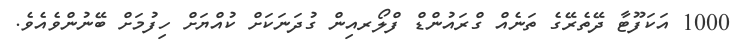
1000 އަކަފޫޓާ ދޭތެރޭގެ ތަނެއް ގްރައުންޑް ފްލޯރއިން ގުދަނަކަށް ކުއްޔަށް ހިފުމަށް ބޭނުންވެއެވެ.